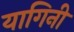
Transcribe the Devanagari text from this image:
यागिनी